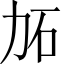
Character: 𱐫